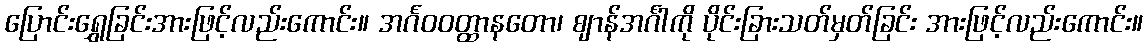
ပြောင်းရွှေခြင်းအားဖြင့်လည်းကောင်း။ အင်္ဂဝဝတ္ထာနတော၊ ဈာန်အင်္ဂါကို ပိုင်းခြားသတ်မှတ်ခြင်း အားဖြင့်လည်းကောင်း။